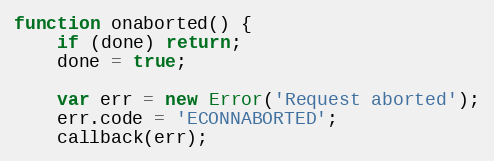
Language: JavaScript
function onaborted() {
    if (done) return;
    done = true;

    var err = new Error('Request aborted');
    err.code = 'ECONNABORTED';
    callback(err);